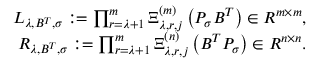
\begin{array} { r } { L _ { \lambda , B ^ { T } , \sigma } : = \prod _ { r = \lambda + 1 } ^ { m } \Xi _ { \lambda , r , j } ^ { ( m ) } \left( P _ { \sigma } B ^ { T } \right) \in R ^ { m \times m } , } \\ { R _ { \lambda , B ^ { T } , \sigma } : = \prod _ { r = \lambda + 1 } ^ { m } \Xi _ { \lambda , r , j } ^ { ( n ) } \left( B ^ { T } P _ { \sigma } \right) \in R ^ { n \times n } . } \end{array}